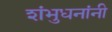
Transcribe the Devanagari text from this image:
शंभुधनांनी